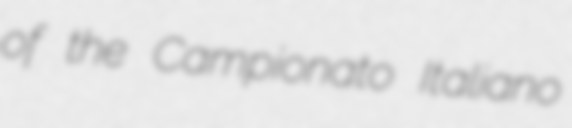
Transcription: of the Campionato Italiano